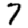
Digit: 7